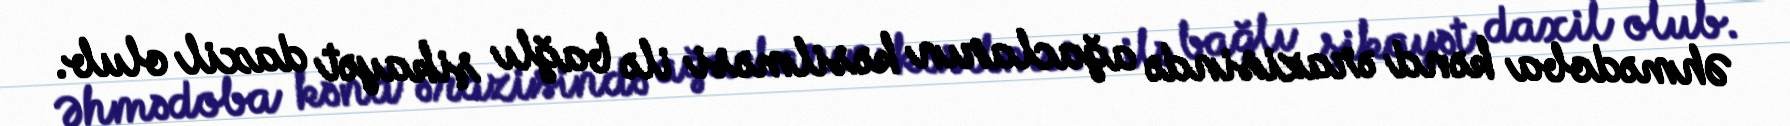
Əhmədoba kənd ərazisində ağacların kəsilməsi ilə bağlı şikayət daxil olub.